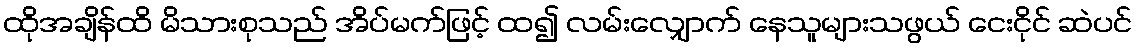
ထိုအချိန်ထိ မိသားစုသည် အိပ်မက်ဖြင့် ထ၍ လမ်းလျှောက် နေသူများသဖွယ် ငေးငိုင် ဆဲပင်